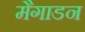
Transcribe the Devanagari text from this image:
मैगाडन